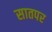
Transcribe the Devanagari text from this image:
सातपर